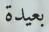
بعيدة